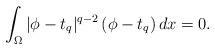
LaTeX: \begin{align*}\int_\Omega |\phi-t_q|^{q-2}\,(\phi-t_q)\,dx=0.\end{align*}